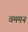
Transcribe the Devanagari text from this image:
वममन